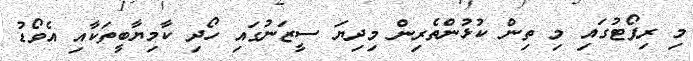
މި ރިޕޯޓުގައި މި ތިން ކުޅުންތެރިން މިދިޔަ ސީޒަނުގައި ހޯދި ކާމިޔާބީތަކާއި އެވޯޑު